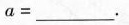
a=________。